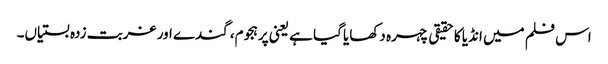
اس فلم میں انڈیا کا حقیقی چہرہ دکھایا گیا ہے یعنی پرہجوم، گندے اور غربت زدہ بستیاں۔